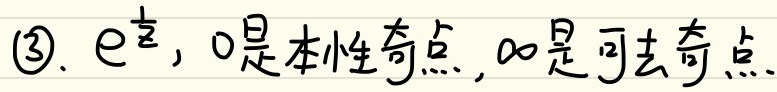
(3). \(e^{\frac{1}{z}}\)，0是本性奇点，\(\infty\)是可去奇点